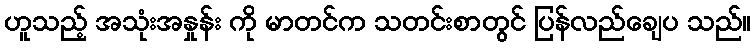
ဟူသည့် အသုံးအနှုန်း ကို မာတင်က သတင်းစာတွင် ပြန်လည်ချေပ သည်။